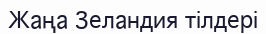
Жаңа Зеландия тілдері